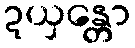
ဍယှန္တော